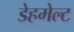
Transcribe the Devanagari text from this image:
डेहमेल्ट